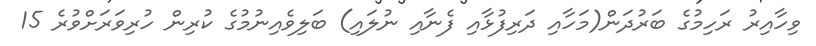
ވިހާއިރު ރަހިމުގެ ބަރުދަން(މަހާއި ދަރިފުޅާއި ފެނާއި ނުލައި) ބަލިވެއިނުމުގެ ކުރިން ހުރިވަރަށްވުރެ 15